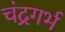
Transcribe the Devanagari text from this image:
चंद्रगर्भ